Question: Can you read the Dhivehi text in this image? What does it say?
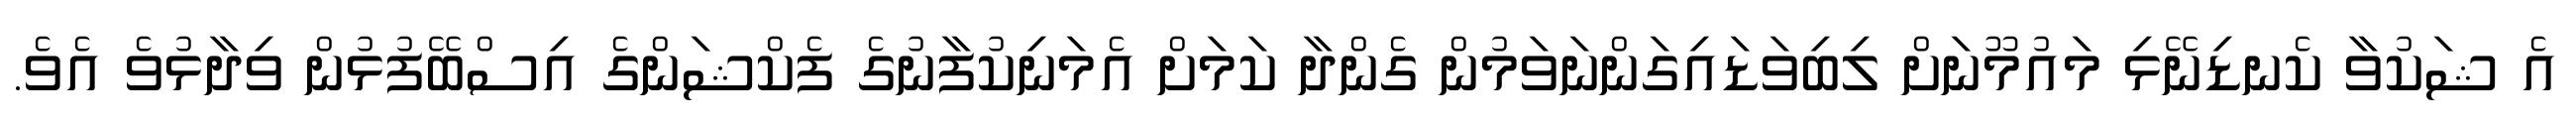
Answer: އެ ޝަކުވާ ކެނޑިނޭޅި މައުމޫނަށް ލިބިވަޑައިގަންނަވަމުން ގެންދާ ކަމަށް އެމަނިކުފާނުގެ ފެކްޝަންގެ އިސްބޭފުޅުން ވިދާޅުވެ އެވެ.